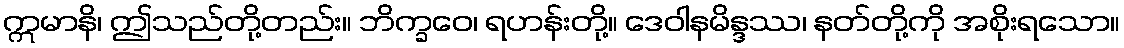
ဣမာနိ၊ ဤသည်တို့တည်း။ ဘိက္ခဝေ၊ ရဟန်းတို့။ ဒေဝါနမိန္ဒဿ၊ နတ်တို့ကို အစိုးရသော။